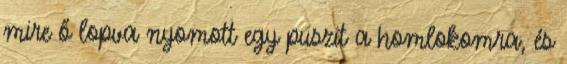
mire ő lopva nyomott egy puszit a homlokomra, és